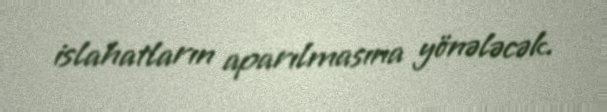
islahatların aparılmasına yönələcək.